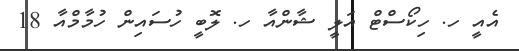
އެއީ ހ. ހިކޯސްޓް އަލީ ޝާންއާ ހ. ލޮބީ ހުސައިން ހުމާމްއާ 18